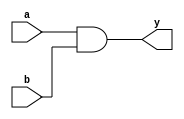
module vector_continuous_assignment (
    input [7:0] a,      // 8-bit input vector a
    input [7:0] b,      // 8-bit input vector b
    output [7:0] y      // 8-bit output vector y
);

// Continuous assignment of output y as the bitwise AND of inputs a and b
assign y = a & b;

endmodule